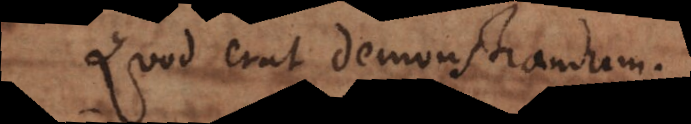
Quod erat demonstrandum.